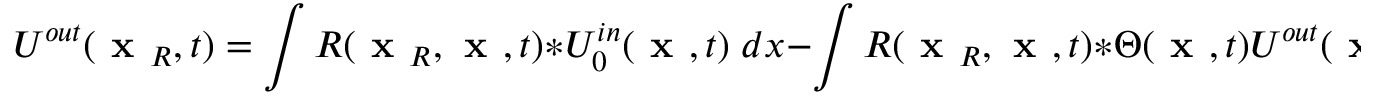
U ^ { o u t } ( \textbf { x } _ { R } , t ) = \int R ( \textbf { x } _ { R } , \textbf { x } , t ) \ast U _ { 0 } ^ { i n } ( \textbf { x } , t ) \; d x - \int R ( \textbf { x } _ { R } , \textbf { x } , t ) \ast \Theta ( \textbf { x } , t ) U ^ { o u t } ( \textbf { x } , - t ) \; d x \; .